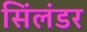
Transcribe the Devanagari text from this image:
सिंलंडर